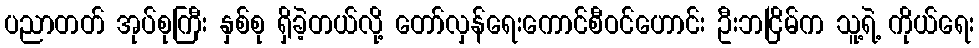
ပညာတတ် အုပ်စုကြီး နှစ်စု ရှိခဲ့တယ်လို့ တော်လှန်ရေးကောင်စီဝင်ဟောင်း ဦးဘငြိမ်က သူ့ရဲ့ ကိုယ်ရေး